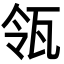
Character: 瓴